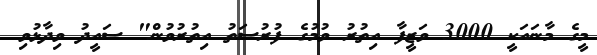
މީގެ މާނައަކީ 3000 ވަޒީފާ އިތުރު ވުމުގެ ފުރުސަތު އިތުރުވުން" ސައީދު ވިދާޅުވި